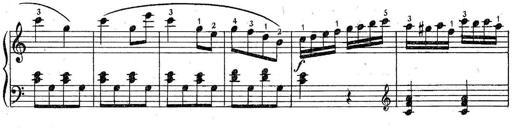
Title: 6 Easy Sonatinas
Composer: Carl Czerny